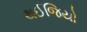
થઈજિયો